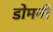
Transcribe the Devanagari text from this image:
डोमनी